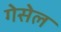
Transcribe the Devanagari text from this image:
गेसेल